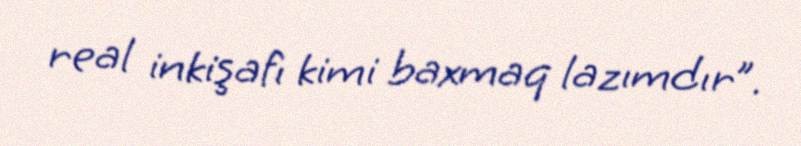
real inkişafı kimi baxmaq lazımdır”.